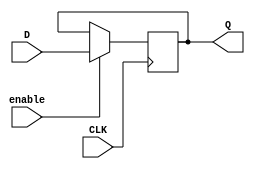
module gated_d_latch_flip_flop(
    input wire D,
    input wire enable,
    input wire CLK,
    output reg Q
);

always @(posedge CLK) begin
    if (enable)
        Q <= D;
end

endmodule